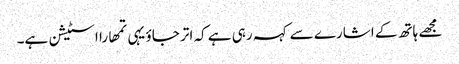
مجھے ہاتھ کے اشارے سے کہہ رہی ہے کہ اتر جاؤ یہی تمھارا اسٹیشن ہے۔